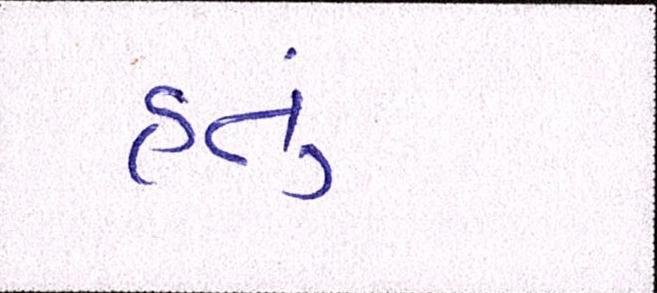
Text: હતું